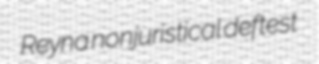
Reyna nonjuristical deftest